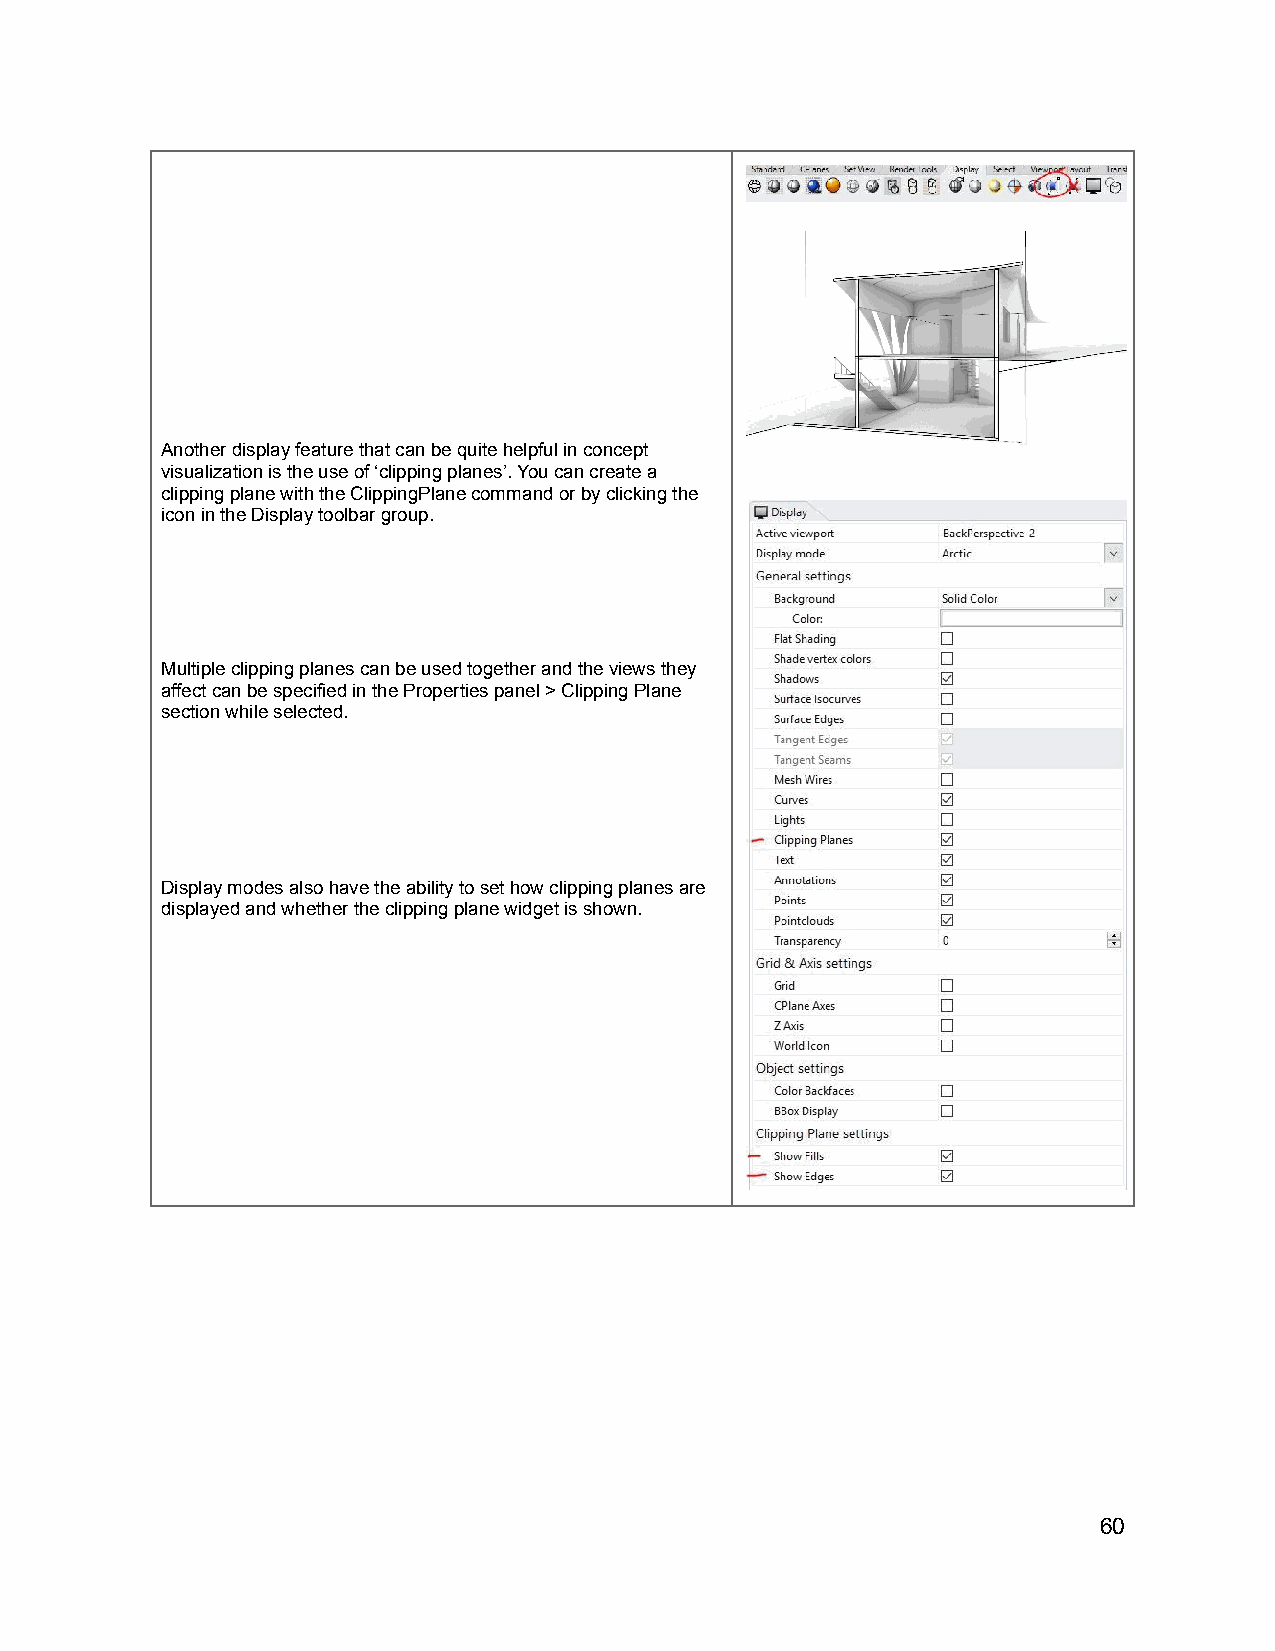
Another display feature that can be quite helpful in concept
 visualization is the use of ‘clipping planes’. You can create a
 clipping plane with the ClippingPlane command or by clicking the
 icon in the Display toolbar group.
 Multiple clipping planes can be used together and the views they
 affect can be specified in the Properties panel > Clipping Plane
 section while selected.
 Display modes also have the ability to set how clipping planes are
 displayed and whether the clipping plane widget is shown.
 60